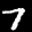
Label: 7